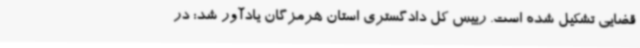
قضایی تشکیل شده است. رییس کل دادگستری استان هرمزگان یادآور شد: در